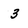
Character: 3